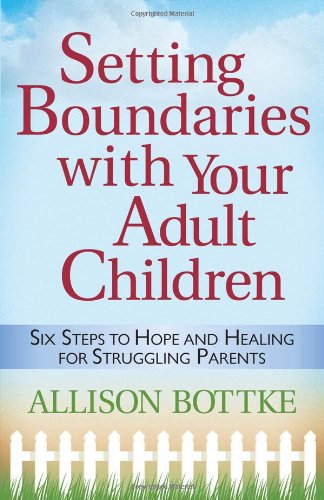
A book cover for Setting Boundaries with Your Adult Children: Six Steps to Hope and Healing for Struggling Parents; Allison Bottke; Parenting & Relationships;